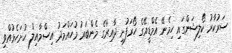
ސަރުކާރު ކޯލިޝަންގައި ހިމެނޭ އެމްޑީއޭގެ ހޯރަފުށި ދާއިރާގެ މެންބަރު މުހައްމަދު އިސްމާއިލް ހުށަހެޅުއްވި